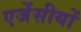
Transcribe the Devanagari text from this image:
एजेंसीयों